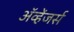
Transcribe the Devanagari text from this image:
ॲव्हेंजर्स